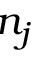
n _ { j }